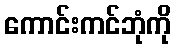
ကောင်းကင်ဘုံကို